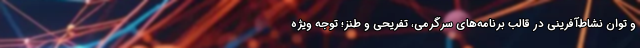
و توان نشاط‌آفرینی در قالب برنامه‌های سرگرمی، تفریحی و طنز؛ توجه ویژه